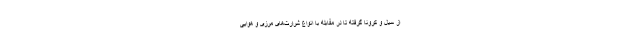
از سیل و کرونا گرفته تا در مقابله با انواع شرارت‌های مرزی و هوایی